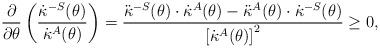
LaTeX: \begin{align*}\frac{\partial}{\partial\theta} \left( \frac{{\dot\kappa}^{-S}(\theta)}{{\dot\kappa}^{A}(\theta)} \right)= \frac{ {\ddot\kappa}^{-S}(\theta) \cdot {\dot\kappa}^{A}(\theta) - {\ddot\kappa}^{A}(\theta) \cdot {\dot\kappa}^{-S}(\theta) }{ \left[ {\dot\kappa}^{A}(\theta) \right]^{2} } \ge 0,\end{align*}